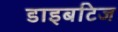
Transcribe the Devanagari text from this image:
डाइबटिज